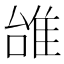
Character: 𨾱